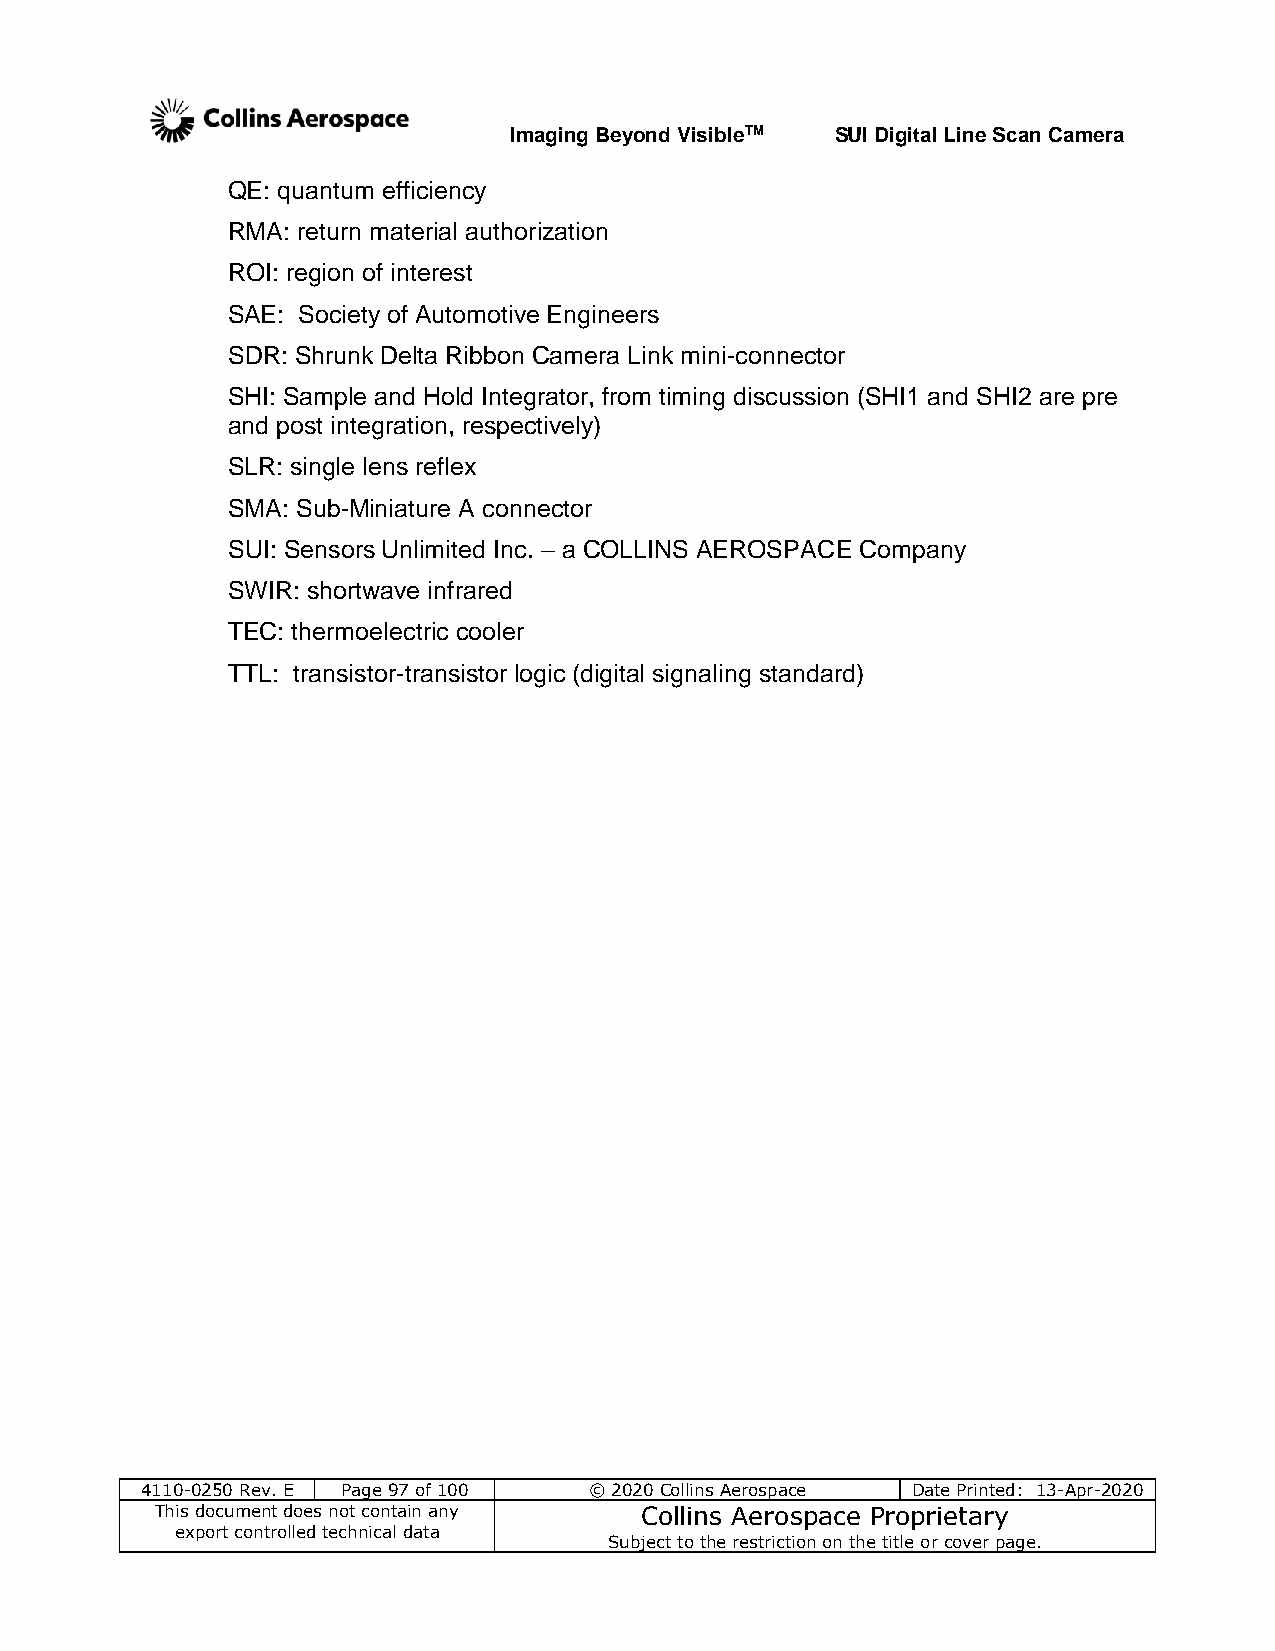
Imaging Beyond VisibleTM SUI Digital Line Scan Camera
 QE: quantum efficiency
 RMA: return material authorization
 ROI: region of interest
 SAE: Society of Automotive Engineers
 SDR: Shrunk Delta Ribbon Camera Link mini-connector
 SHI: Sample and Hold Integrator, from timing discussion (SHI1 and SHI2 are pre
 and post integration, respectively)
 SLR: single lens reflex
 SMA: Sub-Miniature A connector
 SUI: Sensors Unlimited Inc. – a COLLINS AEROSPACE Company
 SWIR: shortwave infrared
 TEC: thermoelectric cooler
 TTL: transistor-transistor logic (digital signaling standard)
 4110-0250 Rev. E Page 97 of 100 © 2020 Collins Aerospace Date Printed: 13-Apr-2020
 This document does not contain any Collins Aerospace Proprietary
 export controlled technical data
 Subject to the restriction on the title or cover page.